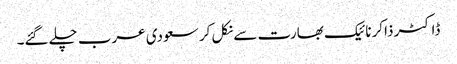
ڈاکٹر ذاکر نائیک بھارت سے نکل کر سعودی عرب چلے گئے۔